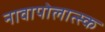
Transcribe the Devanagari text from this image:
नावापोलात्स्क